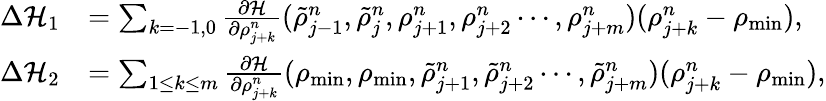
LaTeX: \begin{array}{rl}{\Delta\mathcal{H}_{1}}&{=\sum_{k=-1,0}\frac{\partial\mathcal{H}}{\partial\rho_{j+k}^{n}}(\tilde{\rho}_{j-1}^{n},\tilde{\rho}_{j}^{n},\rho_{j+1}^{n},\rho_{j+2}^{n}\cdots,\rho_{j+m}^{n})(\rho_{j+k}^{n}-\rho_{\mathrm{min}}),}\\ {\Delta\mathcal{H}_{2}}&{=\sum_{1\leq k\leq m}\frac{\partial\mathcal{H}}{\partial\rho_{j+k}^{n}}(\rho_{\mathrm{min}},\rho_{\mathrm{min}},\tilde{\rho}_{j+1}^{n},\tilde{\rho}_{j+2}^{n}\cdots,\tilde{\rho}_{j+m}^{n})(\rho_{j+k}^{n}-\rho_{\mathrm{min}}),}\end{array}